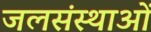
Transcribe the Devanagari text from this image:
जलसंस्थाओं